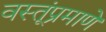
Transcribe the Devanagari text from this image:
वस्तूंप्रमाणे